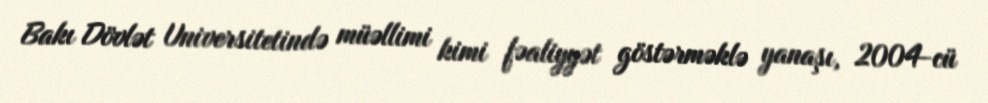
Bakı Dövlət Universitetində müəllimi kimi fəaliyyət göstərməklə yanaşı, 2004-cü